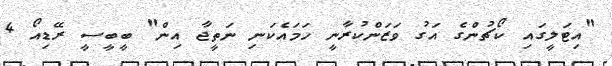
"އިޓަލީގައި ކޯޗުންގެ އަގު ވަޒަންކުރާނީ ހަމައެކަނި ނަތީޖާ އިން" ބީބީސީ ރޭޑިއޯ 4